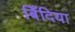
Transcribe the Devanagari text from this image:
बिँदिया